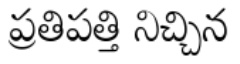
ప్రతిపత్తి నిచ్చిన